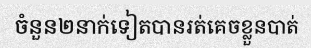
ចំនួន២នាក់ទៀតបានរត់គេចខ្លួនបាត់